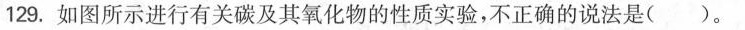
129.如图所示进行有关碳及其氧化物的性质实验，不正确的说法是()。